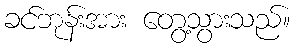
ခင်ဘုန်းအား တွေ့သွားသည်။